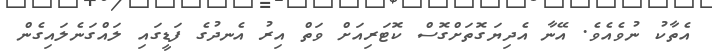
އެތާކު ނުވެއެވެ. އޭނާ އެދިޔަގޮތަށްގޮސް ކޮޓަރިއަށް ވަތް އިރު އެނދުގެ ފަޑީގައި ލައްގަނެލައިގެން